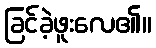
ခြင်ခဲ့ဖူးလေ၏။